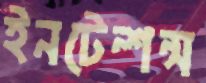
ইনটেন্শন্স